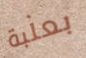
بعلبة